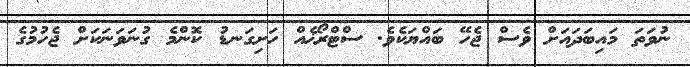
ނުވަތަ މައިބަދައަށް ވެސް ޖެހޭ ބައްޔަކެވެ. ސްޓްރޯޚެއް ހަށިގަނޑު ކޮންމެ ގުނަވަނަކަށް ޖެހުމުގެ